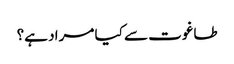
طاغوت سے کیا مراد ہے؟